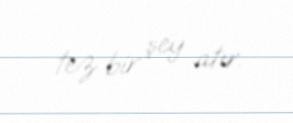
tez bir şey atır.